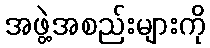
အဖွဲ့အစည်းများကို